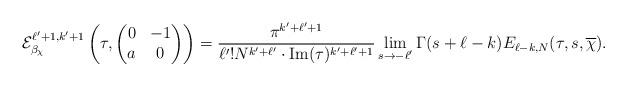
LaTeX: \begin{align*}\mathcal{E}_{\beta_\chi}^{\ell'+1,k'+1}\left(\tau,\begin{pmatrix} 0 & -1 \\ a & 0 \end{pmatrix}\right) = \frac{\pi^{k'+\ell'+1} }{\ell'! N^{k'+\ell'} \cdot \mathrm{Im}(\tau)^{k'+\ell'+1}} \lim_{s \to -\ell'} \Gamma(s+\ell-k) E_{\ell-k,N}(\tau,s,\overline{\chi}).\end{align*}